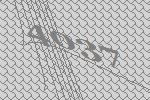
4037